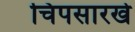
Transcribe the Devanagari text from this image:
चिपसारखे